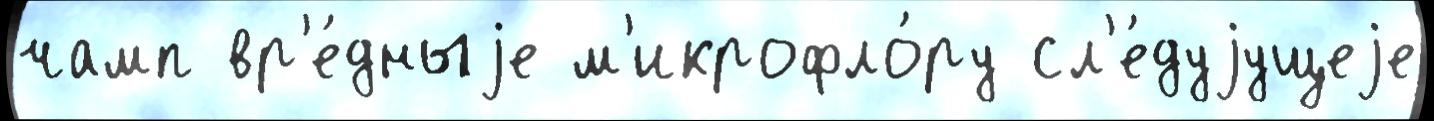
чамп вр'е́дныjе м'икрофло́ру сл'е́дуjущеjе